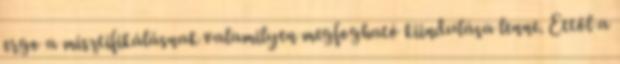
ergo a misztifikálásnak valamilyen megfogható kiindulása lenne. Ettől a